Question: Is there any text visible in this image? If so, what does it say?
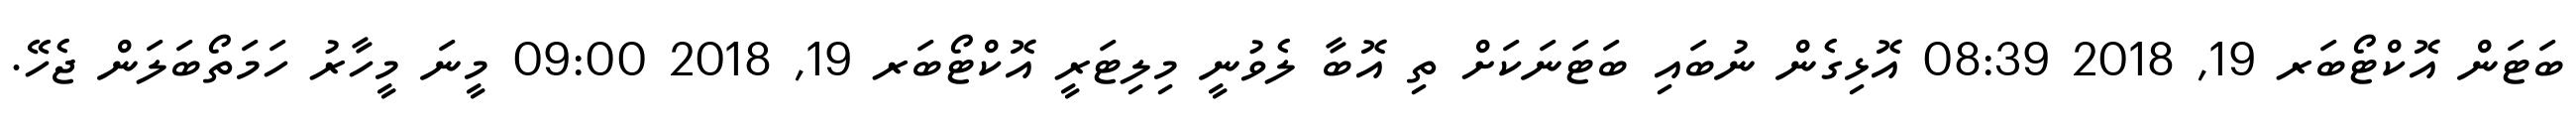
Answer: ބަޓަން އޮކްޓޯބަރ 19, 2018 08:39 އޮޅިގެން ނުބައި ބަޓަނަކަށް ތި އޮބާ ލެވުނީ މިލިޓަރީ އޮކްޓޯބަރ 19, 2018 09:00 މީނަ މީހާރު ހަމަތޯބަލަން ޖެހޭ.